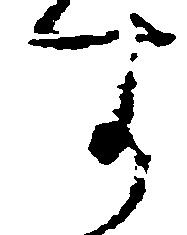
す